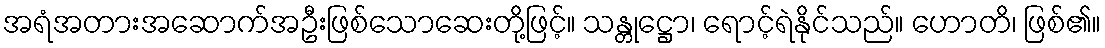
အရံအတားအဆောက်အဦးဖြစ်သောဆေးတို့ဖြင့်။ သန္တုဋ္ဌော၊ ရောင့်ရဲနိုင်သည်။ ဟောတိ၊ ဖြစ်၏။